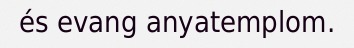
és evang anyatemplom.